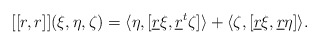
\begin{align*}[[r,r]](\xi,\eta,\zeta)=\langle\eta,[\underline{r}\xi,\underline{r}^{t}\zeta]\rangle+\langle\zeta,[\underline{r}\xi,\underline{r}\eta]\rangle.\end{align*}